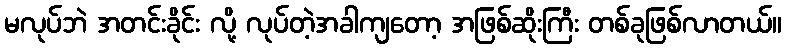
မလုပ်ဘဲ အတင်းခိုင်း လို့ လုပ်တဲ့အခါကျတော့ အဖြစ်ဆိုးကြီး တစ်ခုဖြစ်လာတယ်။